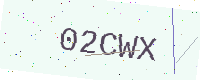
Text: 02CWX